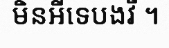
មិនអីទេបងវី ។